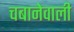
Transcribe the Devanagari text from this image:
चबानेवाली